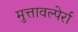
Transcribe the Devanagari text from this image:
मुत्तावल्पेर्रा